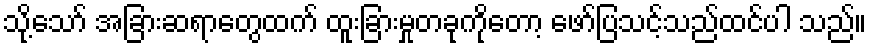
သို့သော် အခြားဆရာတွေထက် ထူးခြားမှုတခုကိုတော့ ဖော်ပြသင့်သည်ထင်ပါ သည်။